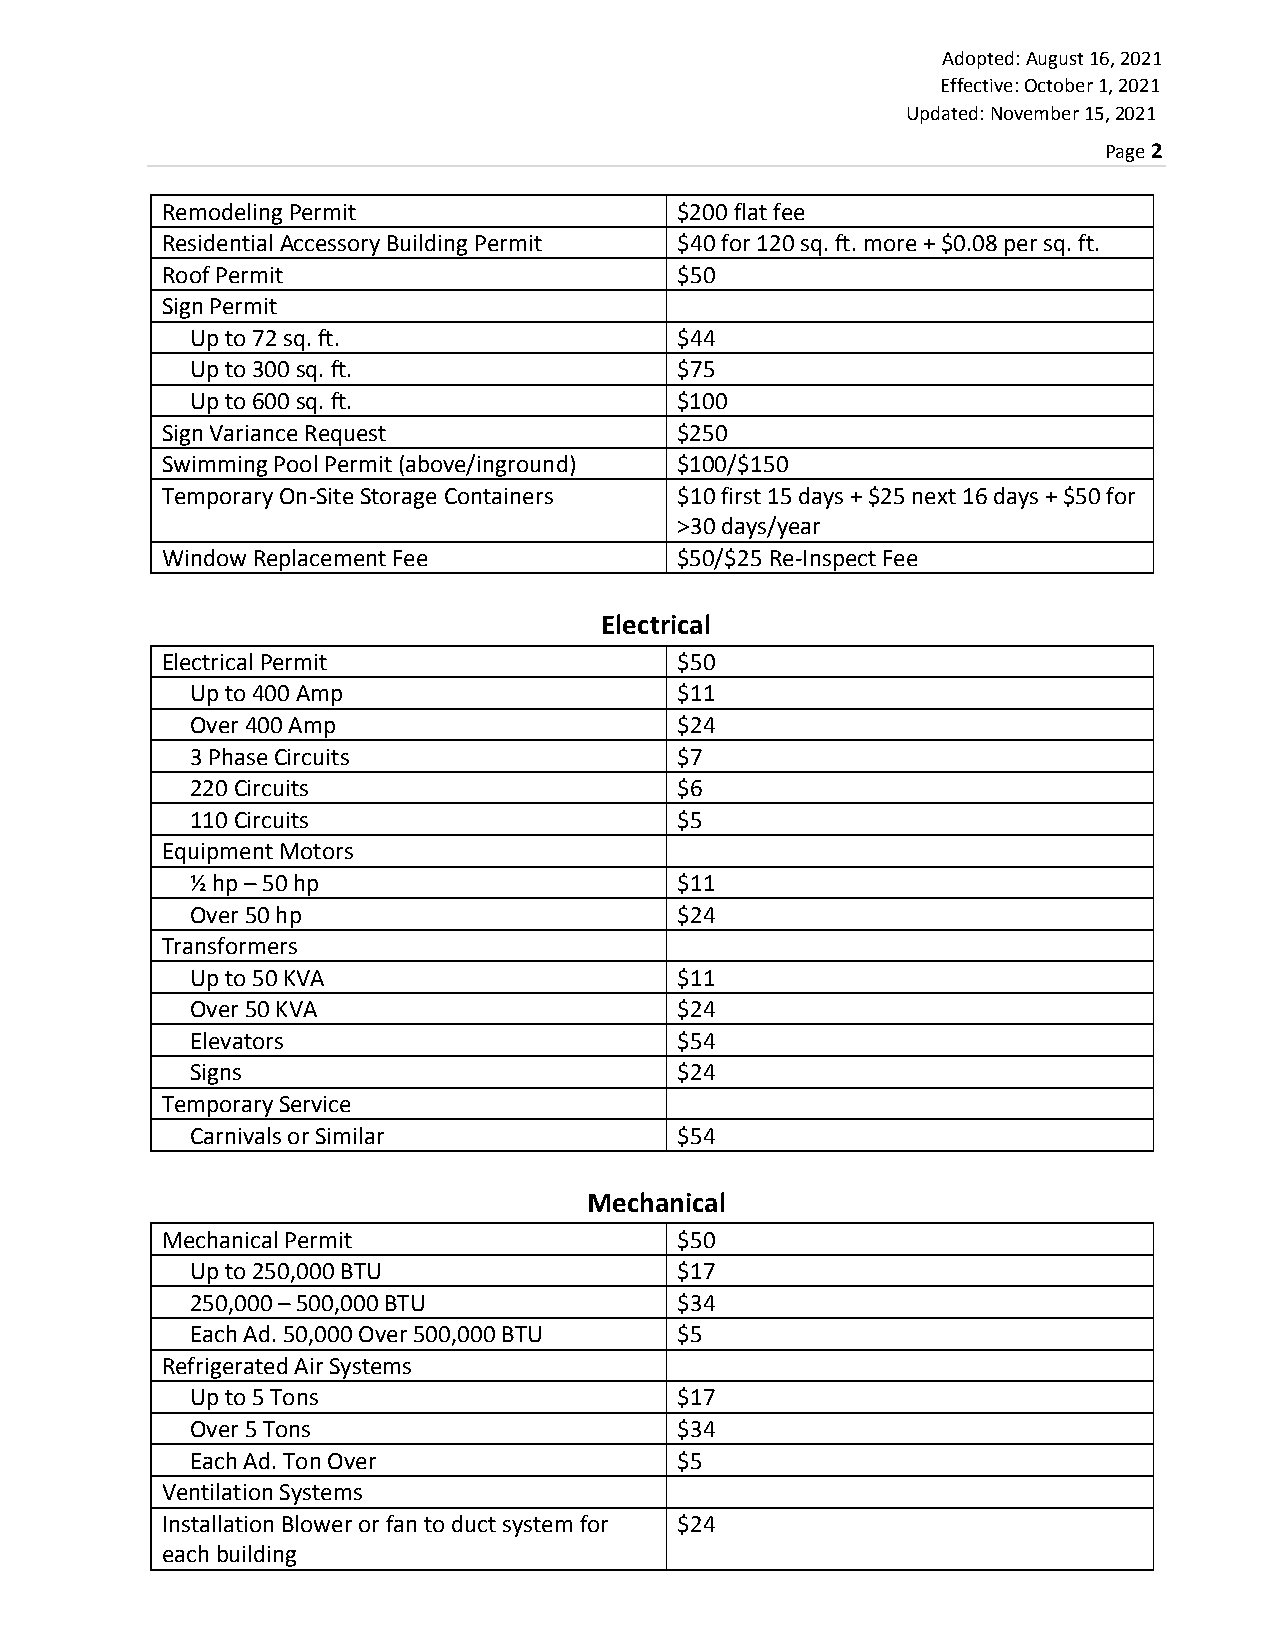
Adopted: August 16, 2021
 Effective: October 1, 2021
 Updated: November 15, 2021
 Page 2
 Remodeling Permit                 $200 flat fee
 Residential Accessory Building Permit $40 for 120 sq. ft. more + $0.08 per sq. ft.
 Roof Permit                       $50
 Sign Permit
 Up to 72 sq. ft.                $44
 Up to 300 sq. ft.               $75
 Up to 600 sq. ft.               $100
 Sign Variance Request             $250
 Swimming Pool Permit (above/inground) $100/$150
 Temporary On‐Site Storage Containers $10 first 15 days + $25 next 16 days + $50 for
 >30 days/year
 Window Replacement Fee            $50/$25 Re‐Inspect Fee
 Electrical
 Electrical Permit                 $50
 Up to 400 Amp                   $11
 Over 400 Amp                    $24
 3 Phase Circuits                $7
 220 Circuits                    $6
 110 Circuits                    $5
 Equipment Motors
 ½ hp – 50 hp                    $11
 Over 50 hp                      $24
 Transformers
 Up to 50 KVA                    $11
 Over 50 KVA                     $24
 Elevators                       $54
 Signs                           $24
 Temporary Service
 Carnivals or Similar            $54
 Mechanical
 Mechanical Permit                 $50
 Up to 250,000 BTU               $17
 250,000 – 500,000 BTU           $34
 Each Ad. 50,000 Over 500,000 BTU $5
 Refrigerated Air Systems
 Up to 5 Tons                    $17
 Over 5 Tons                     $34
 Each Ad. Ton Over               $5
 Ventilation Systems
 Installation Blower or fan to duct system for $24
 each building